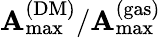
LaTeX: \mathbf{A}_{\mathrm{{max}}}^{\mathrm{{(DM)}}}/\mathbf{A}_{\mathrm{{max}}}^{\mathrm{{(gas)}}}